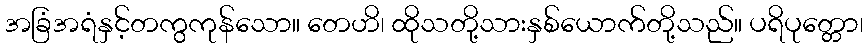
အခြံအရံနှင့်တကွကုန်သော။ တေဟိ၊ ထိုသတို့သားနှစ်ယောက်တို့သည်။ ပရိပုတ္တော၊